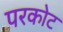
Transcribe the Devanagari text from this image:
परकाेट